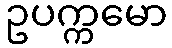
ဥပက္ကမော